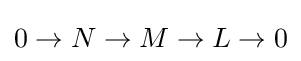
0\to N\to M\to L\to 0